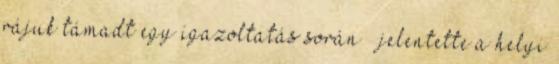
rájuk támadt egy igazoltatás során – jelentette a helyi